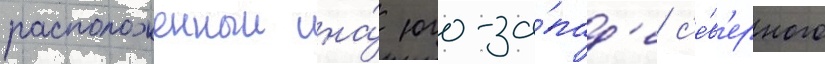
расположенныи на́ юго-за́пад'е с'е́в'ерного